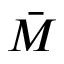
\bar { M }